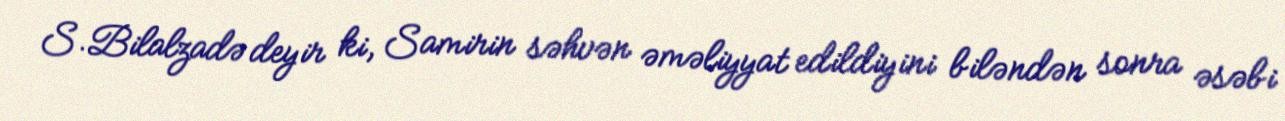
S.Bilalzadə deyir ki, Samirin səhvən əməliyyat edildiyini biləndən sonra əsəbi